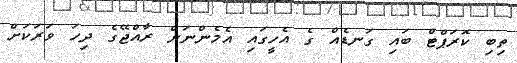
ތިބި ކޮރަޕްޓް ބައި ގަނޑެއް ގެ އެހީގައި އެމެންނަށް ރާއްޖޭގެ ދިހަ ވަރަކަށް